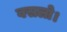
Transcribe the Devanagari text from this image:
वसलो।